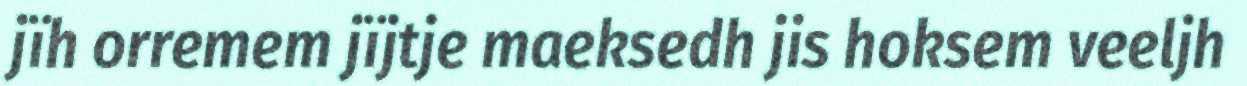
jïh orremem jïjtje maeksedh jis hoksem veeljh